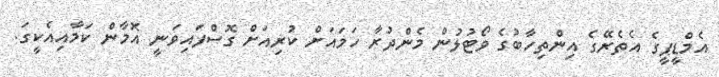
އެމްޑީޕީގެ އެތެރޭގެ އިންތިހާބުގެ ވޯޓުލުން މެންދުރާ ހަމައަށް ކުރިއަށް ގޮސްފައިވަނީ އޮމާން ކަމާއިއެކީގަ.